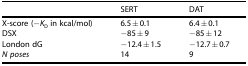
|  | SERT | DAT |
 | --- | --- | --- |
 | X-score (−KD in kcal/mol) | 6.5±0.1 | 6.4±0.1 |
 | DSX | −85±9 | −85±12 |
 | London dG | −12.4±1.5 | −12.7±0.7 |
 | N poses | 14 | 9 |